Reports on dispensaries and lunatic asylums in the Province of Oudh - 1869-1876
Year: 1869
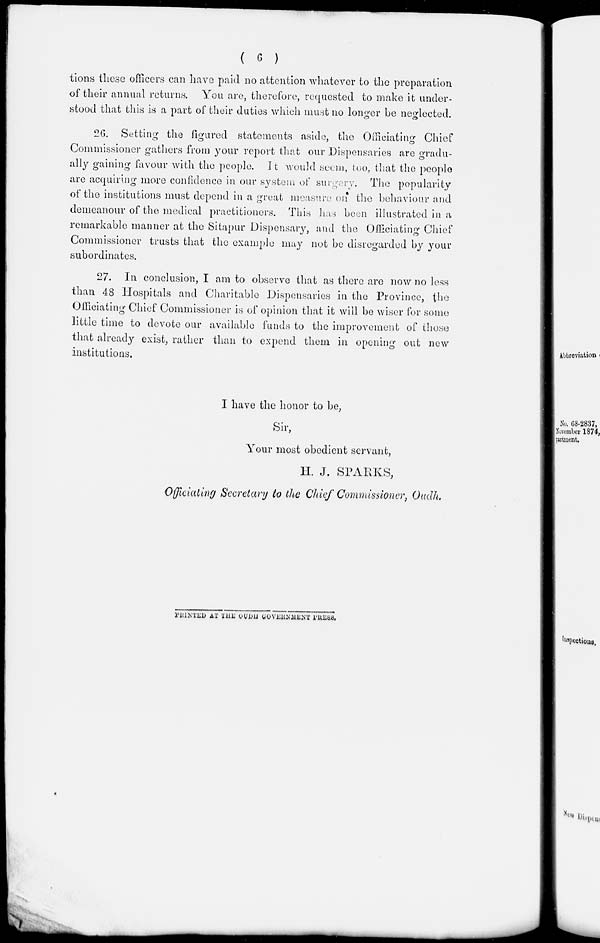
( 6 )
tions these officers can have paid no attention whatever to the preparation
of their annual returns. You are, therefore, requested to make it under-
stood that this is a part of their duties which must no longer be neglected.
26. Setting the figured statements aside, the Officiating Chief
Commissioner gathers from your report that our Dispensaries are gradu-
ally gaining favour with the people. It would seem, too, that the people
are acquiring more confidence in our system of surgery. The popularity
of the institutions must depend in a great measure on the behaviour and
demeanour of the medical practitioners. This has been illustrated in a
remarkable manner at the Sitapur Dispensary, and the Officiating Chief
Commissioner trusts that the example may not be disregarded by your
subordinates.
27. In conclusion, I am to observe that as there are now no less
than 48 Hospitals and Charitable Dispensaries in the Province, the
Officiating Chief Commissioner is of opinion that it will be wiser for some
little time to devote our available funds to the improvement of those
that already exist, rather than to expend them in opening out new
institutions.
I have the honor to be,
Sir,
Your most obedient servant,
H. J. SPARKS,
Officiating
Secretary to the Chief Commissioner, Oudh.
PRINTED AT THE OUDH GOVERNMENT PRESS.